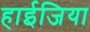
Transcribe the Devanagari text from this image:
हाईजिया